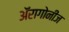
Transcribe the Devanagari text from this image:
अॅरागोनीज